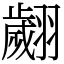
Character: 翽